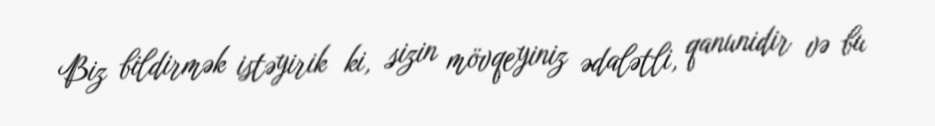
Biz bildirmək istəyirik ki, sizin mövqeyiniz ədalətli, qanunidir və bu